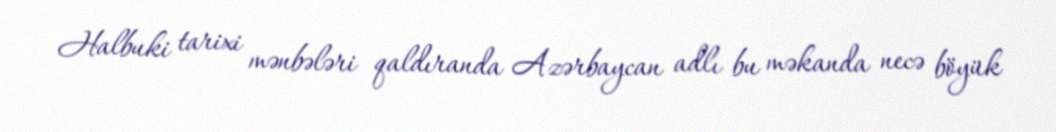
Halbuki tarixi mənbələri qaldıranda Azərbaycan adlı bu məkanda necə böyük